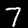
Label: 7